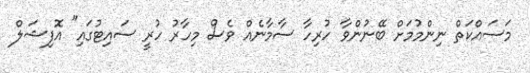
މަސައްކަތް ނިންމުމަށް ބޭނުންވާ ހުރިހާ ސާމާނެއް ވެސް މިހާރު ހުރީ ސައިޓުގައި" އޮފިޝަލް